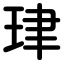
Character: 珒